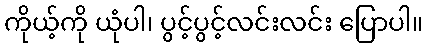
ကိုယ့်ကို ယုံပါ၊ ပွင့်ပွင့်လင်းလင်း ပြောပါ။